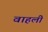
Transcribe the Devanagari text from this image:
वाहली